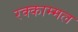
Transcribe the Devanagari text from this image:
रक्काम्मल